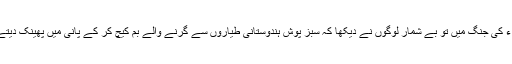
1965ء کی جنگ میں تو بے شمار لوگوں نے دیکھا کہ سبز پوش ہندوستانی طیاروں سے گرنے والے بم کیچ کر کے پانی میں پھینک دیتے تھے۔